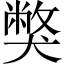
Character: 獘